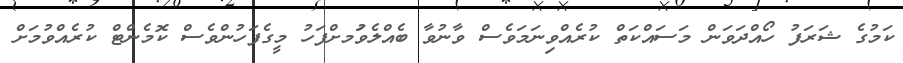
ކަމުގެ ޝަރަފު ހޯއްދަވަން މަސައްކަތް ކުރެއްވިނަމަވެސް ވާނުވާ ބެއްލެވުަމށްފަހު މީގެފަހުންވެސް ކޮމެންޓް ކުރެއްވުމަށް